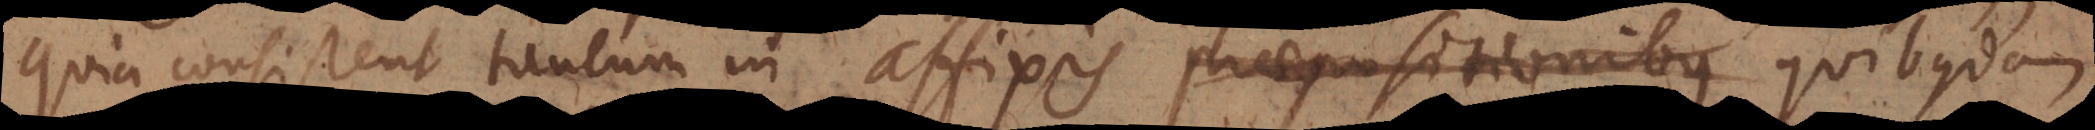
quia consistent tantum in affixis praepositionibus quibusdam